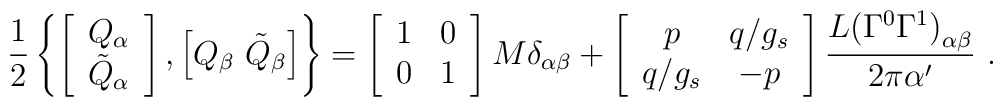
{1\over2} \left\{ \left[ \begin{array}{c} Q_\alpha \\ \tilde Q_\alpha \end{array}\right] , \left[ Q_\beta\ \tilde Q_\beta \right] \right\}= \left[ \begin{array}{cc} 1&0 \\ 0&1 \end{array} \right] M\delta_{\alpha\beta} +\left[ \begin{array}{cc} p&q/g_s \\ q/g_s&-p \end{array} \right]{{L (\Gamma^0 \Gamma^1)}_{\alpha\beta}\over{2\pi{\alpha^\prime}}}\ .